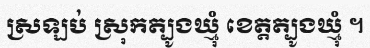
ស្រឡប់ ស្រុកត្បូងឃ្មុំ ខេត្តត្បូងឃ្មុំ ។